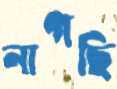
নাগছি